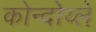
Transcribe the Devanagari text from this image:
कोन्दोय्ले